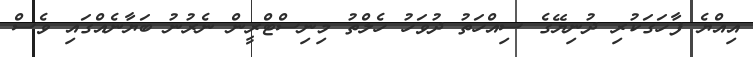
އިއްޔެ ފާހަގަކުރި ދުނިޔޭގެ ސިއްހަތު ދުވަހު ހެލްތު މިނިސްޓްރީން ނެރުނު ބަޔާނެއްގައި ވެސް